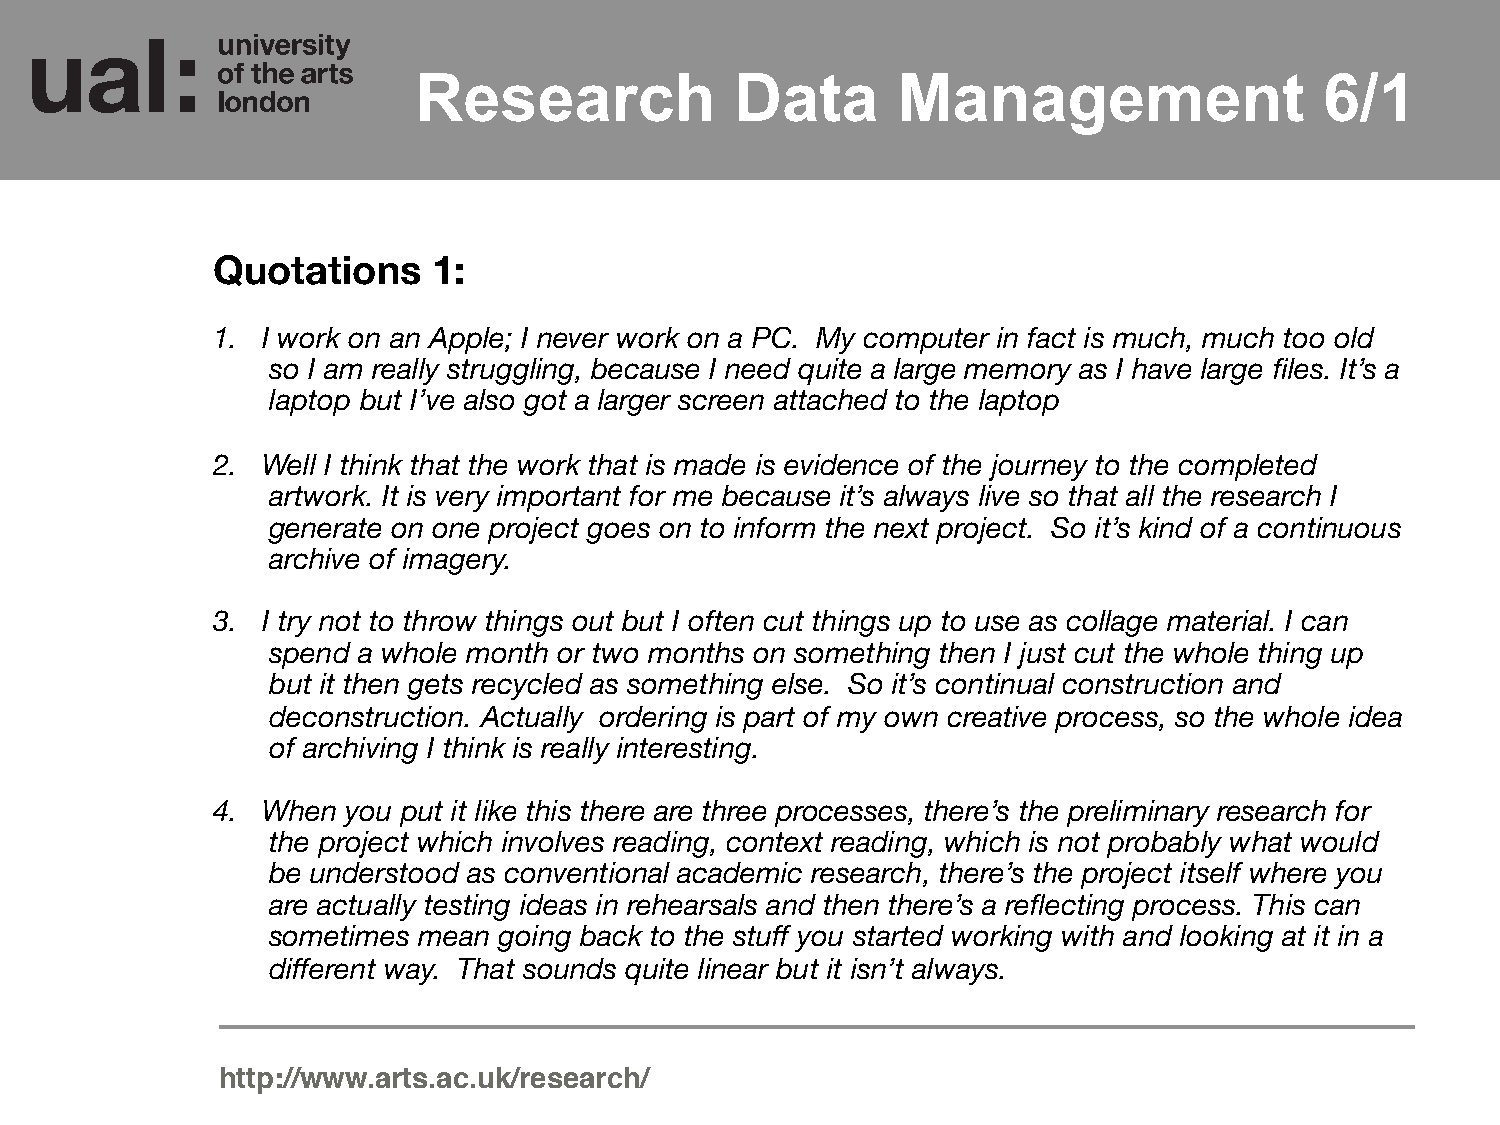
Research              Data      Management                   6/1
 Quotations     1:
 1. I work on an Apple; I never work on a PC. My computer in fact is much, much too old
 so I am really struggling, because I need quite a large memory as I have large files. It’s a
 laptop but I’ve also got a larger screen attached to the laptop
 2. Well I think that the work that is made is evidence of the journey to the completed
 artwork. It is very important for me because it’s always live so that all the research I
 generate on one project goes on to inform the next project. So it’s kind of a continuous
 archive of imagery.
 3. I try not to throw things out but I often cut things up to use as collage material. I can
 spend a whole month or two months on something then I just cut the whole thing up
 but it then gets recycled as something else. So it’s continual construction and
 deconstruction. Actually ordering is part of my own creative process, so the whole idea
 of archiving I think is really interesting.
 4. When  you put it like this there are three processes, there’s the preliminary research for
 the project which involves reading, context reading, which is not probably what would
 be understood as conventional academic research, there’s the project itself where you
 are actually testing ideas in rehearsals and then there’s a reflecting process. This can
 sometimes mean going back to the stuff you started working with and looking at it in a
 different way. That sounds quite linear but it isn’t always.
 http://www.arts.ac.uk/research/!